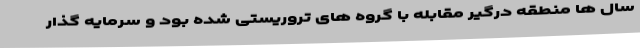
سال ها منطقه درگیر مقابله با گروه های تروریستی شده بود و سرمایه گذار